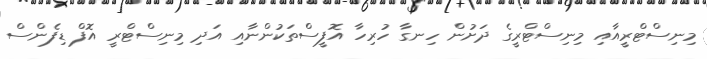
މިނިސްޓްރީއާއި މިނިސްޓްރީގެ ދަށުން ހިނގާ ހުރިހާ އޮފީސްތަކުންނާއި އަދި މިނިސްޓްރީ އޮފް ޑިފެންސް